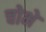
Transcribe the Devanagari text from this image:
चोभे